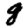
Digit: 8